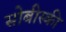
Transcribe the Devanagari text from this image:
सोबीस्की